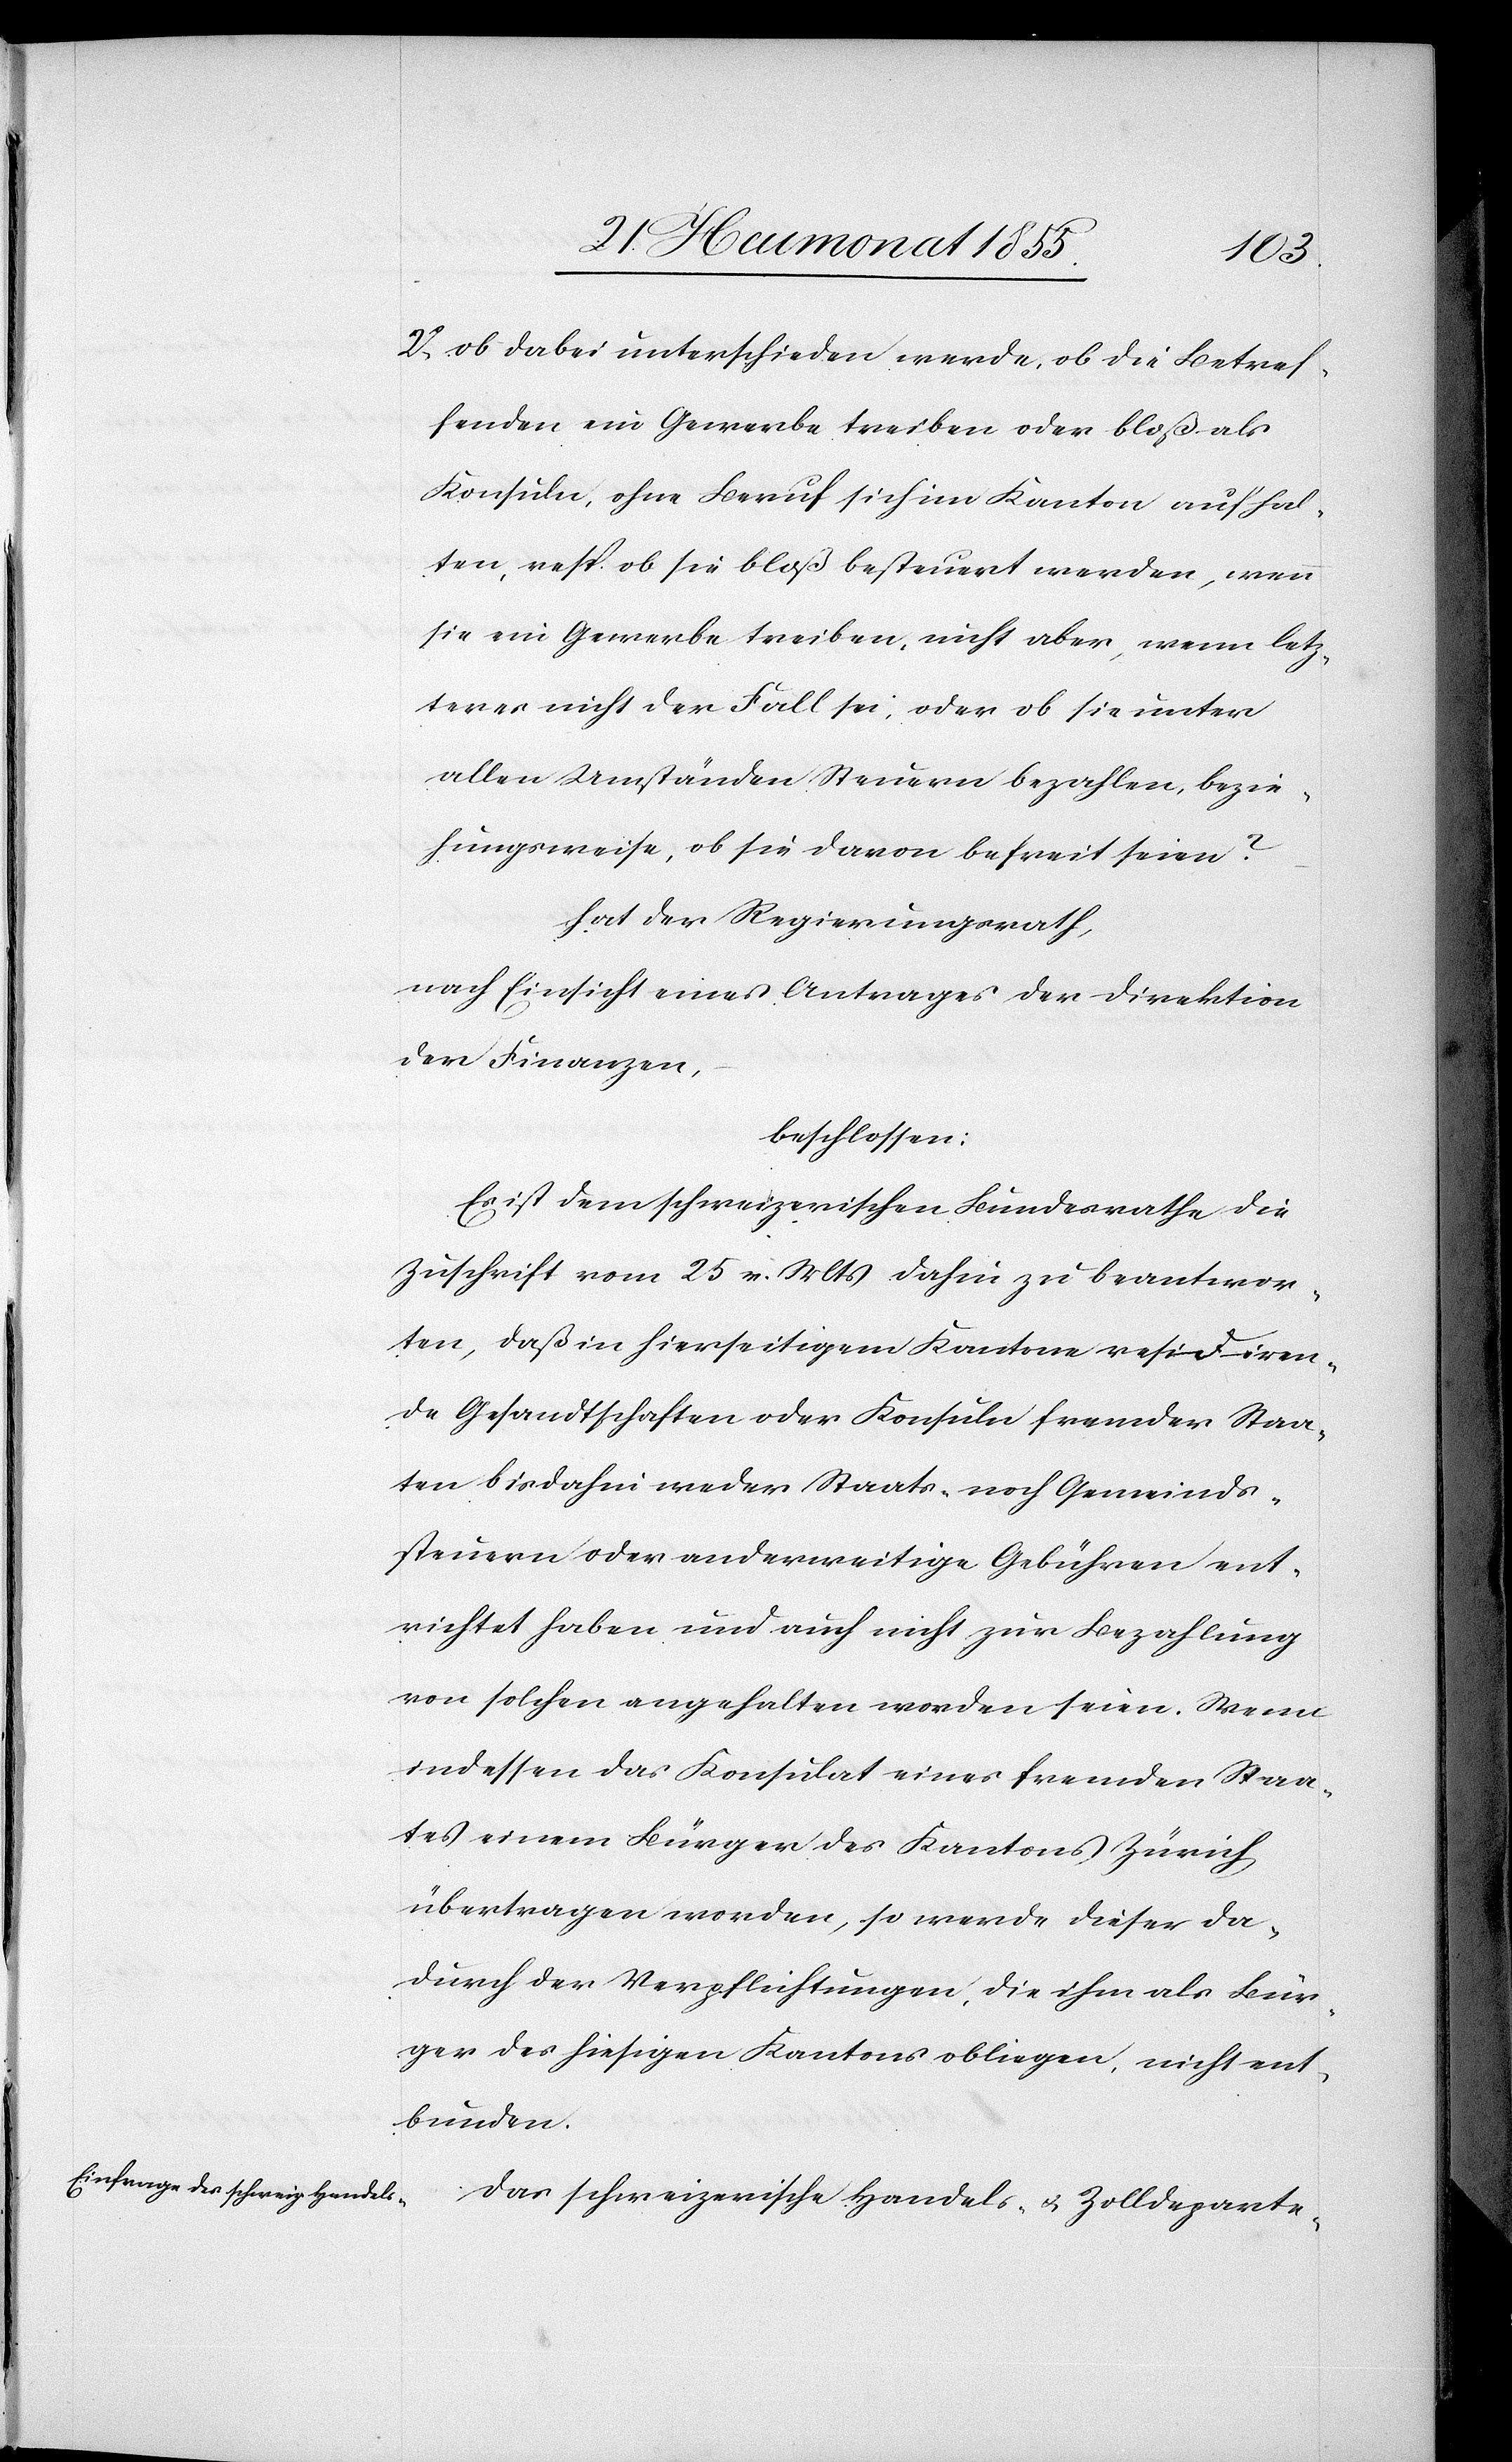
ob dabei unterschieden werde, ob die Betref¬
fenden ein Gewerbe treiben oder bloß als
Konsuln, ohne Beruf sich im Kanton aufhal¬
ten, resp. ob sie bloß besteuert werden, wenn
sie ein Gewerbe treiben, nicht aber, wenn letz¬
teres nicht der Fall sei, oder ob sie unter
allen Umständen Steuern bezahlen, bezie¬
hungsweise, ob sie davon befreit seien?
hat der Regierungsrath,
nach Einsicht eines Antrages der Direktion
der Finanzen,
beschlossen:
Es ist dem schweizerischen Bundesrathe die
Zuschrift vom 25 v. Mts dahin zu beantwor¬
ten, daß in hierseitigem Kantone residiren¬
de Gesandtschaften oder Konsuln fremder Staa¬
ten bisdahin weder Staats- noch Gemeinds¬
steuern oder anderweitige Gebühren ent¬
richtet haben und auch nicht zur Bezahlung
von solchen angehalten worden seien. Wenn
indessen das Konsulat eines fremden Staa¬
tes einem Bürger des Kantons Zürich
übertragen worden, so werde dieser da¬
durch der Verpflichtungen, die ihm als Bür¬
ger des hiesigen Kantons obliegen, nicht ent¬
bunden.
Das schweizerische Handels- & Zolldeparte-